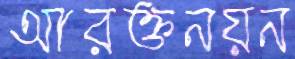
আরক্তনয়ন